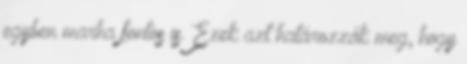
egyben marha fontos is. Ezek azt határozzák meg, hogy